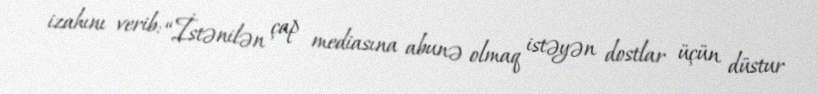
izahını verib: “İstənilən çap mediasına abunə olmaq istəyən dostlar üçün düstur